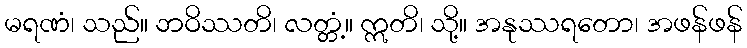
မရဏံ၊ သည်။ ဘဝိဿတိ၊ လတ္တံ့။ ဣတိ၊ သို့။ အနုဿရတော၊ အဖန်ဖန်